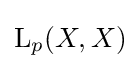
\operatorname {L} _{p}(X,X)